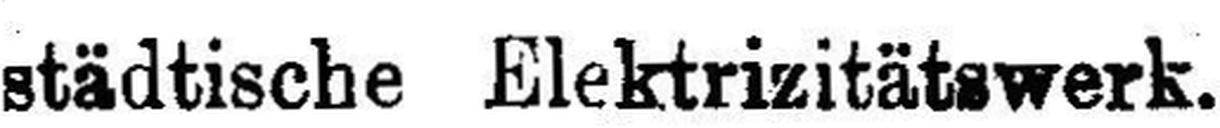
städtische Elektrizitätswerk.